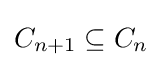
C_{n+1}\subseteq C_{n}